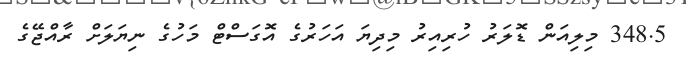
348.5 މިލިއަން ޑޮލަރު ހުރިއިރު މިދިޔަ އަހަރުގެ އޮގަސްޓް މަހުގެ ނިޔަލަށް ރާއްޖޭގެ